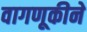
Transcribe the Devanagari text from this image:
वागणूकीने